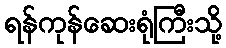
ရန်ကုန်ဆေးရုံကြီးသို့